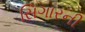
સિગારની